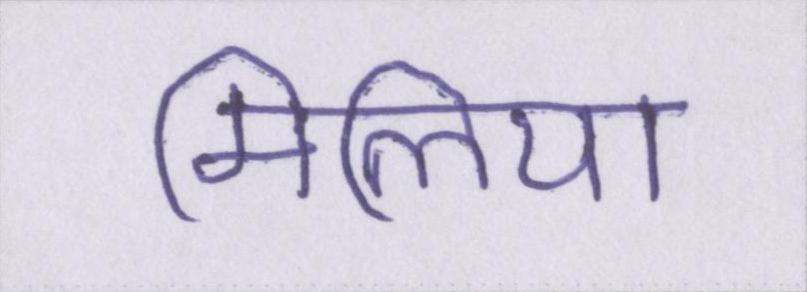
मिलिया